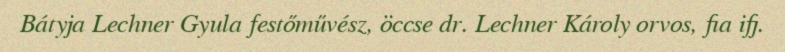
Bátyja Lechner Gyula festőművész, öccse dr. Lechner Károly orvos, fia ifj.